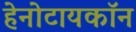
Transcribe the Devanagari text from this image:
हेनोटायकॉन